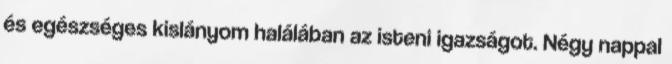
és egészséges kislányom halálában az isteni igazságot. Négy nappal